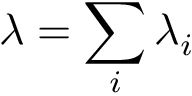
\lambda = \sum _ { i } \lambda _ { i }